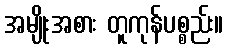
အမျိုးအစား တူကုန်ပစ္စည်း။